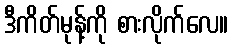
ဒီကိတ်မုန့်ကို စားလိုက်လေ။